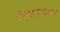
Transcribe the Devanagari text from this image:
जीर्णसूजनइज़ाफ़